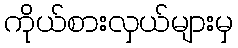
ကိုယ်စားလှယ်များမှ